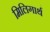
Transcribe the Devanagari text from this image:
मिलिगार्थ